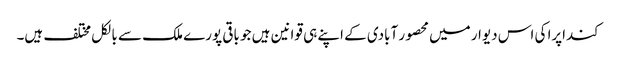
کنداپرا کی اس دیوار میں محصور آبادی کے اپنے ہی قوانین ہیں جو باقی پورے ملک سے بالکل مختلف ہیں۔